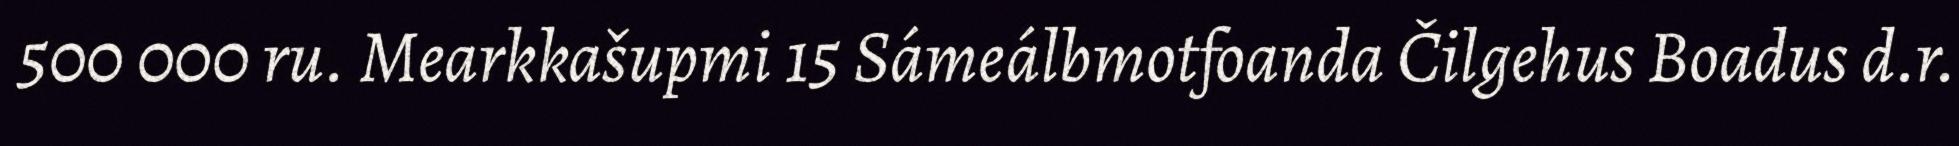
500 000 ru. Mearkkašupmi 15 Sámeálbmotfoanda Čilgehus Boadus d.r.